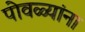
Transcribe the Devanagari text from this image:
पोवळ्यांना